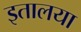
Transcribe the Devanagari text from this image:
इतालया